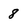
Character: 8